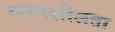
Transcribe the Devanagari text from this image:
लग्नशीलता